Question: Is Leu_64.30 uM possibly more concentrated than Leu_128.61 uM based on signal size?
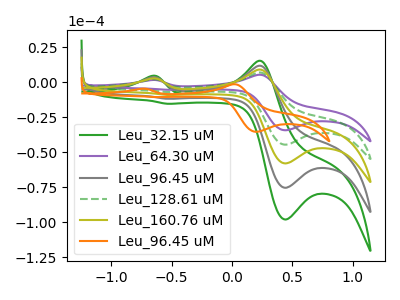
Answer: <think>The green curve "Leu_32.15 uM" has anodic peaks at (-0.65V, 8.20uA) (0.20V, 27.90uA) and cathodic peaks at (0.45V, -178.35uA) (-0.55V, -28.00uA). The purple curve "Leu_64.30 uM" has anodic peaks at (-0.65V, 1.60uA) (0.20V, 5.35uA) and cathodic peaks at (0.45V, -34.30uA) (-0.55V, -5.40uA). The gray curve "Leu_96.45 uM" has anodic peaks at (-0.65V, 6.15uA) (0.20V, 20.90uA) and cathodic peaks at (0.45V, -133.75uA) (-0.55V, -21.00uA). The green dashed curve "Leu_128.61 uM" has anodic peaks at (-0.65V, 2.05uA) (0.20V, 6.95uA) and cathodic peaks at (0.45V, -44.60uA) (-0.55V, -7.00uA). The olive curve "Leu_160.76 uM" has anodic peaks at (-0.65V, 4.10uA) (0.20V, 13.95uA) and cathodic peaks at (0.45V, -89.15uA) (-0.55V, -14.00uA). The orange curve "Leu_96.45 uM" has anodic peaks at (-0.75V, -4.65uA) (0.00V, -1.40uA) and cathodic peaks at (0.20V, -35.40uA) (-0.65V, -10.60uA).
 All the peaks in "Leu_64.30 uM" have a peak in "Leu_128.61 uM" at the same potential. Every peak in "Leu_64.30 uM" is lower than every peak in "Leu_128.61 uM".</think>
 <answer>"Leu_64.30 uM" has less signal than "Leu_128.61 uM".</answer>
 <eval>less_signal</eval>